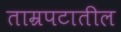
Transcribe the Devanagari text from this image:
ताम्रपटातील